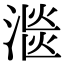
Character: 㴴